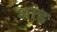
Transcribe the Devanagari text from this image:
शांड